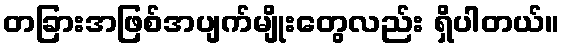
တခြားအဖြစ်အပျက်မျိုးတွေလည်း ရှိပါတယ်။